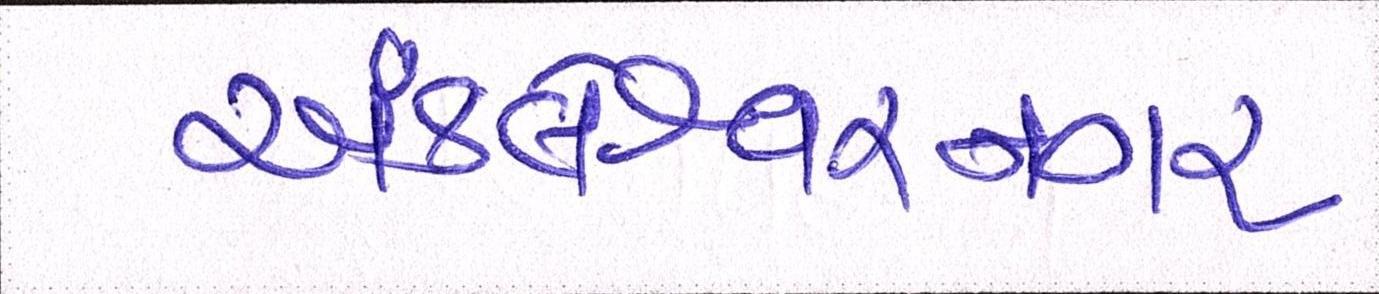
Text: અંકલેશ્વરનગર